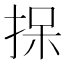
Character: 𪭷